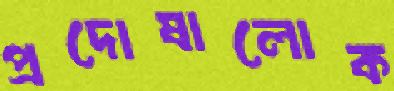
প্রদোষালোক